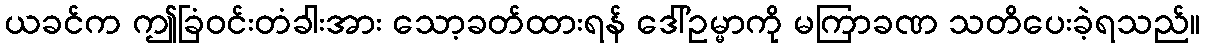
ယခင်က ဤခြံဝင်းတံခါးအား သော့ခတ်ထားရန် ဒေါ်ဥမ္မာကို မကြာခဏ သတိပေးခဲ့ရသည်။